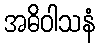
အဓိဝါသနံ